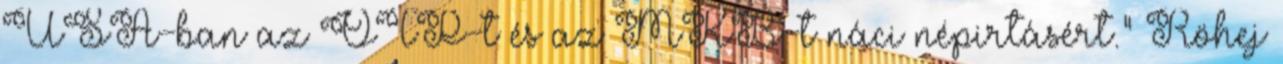
USA-ban az OTP-t és az MKB-t náci népirtásért." Röhej